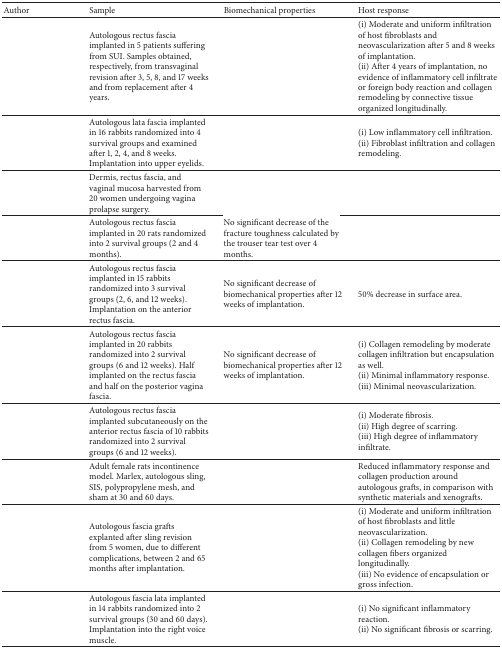
<table><thead><tr><td><b>Author</b></td><td><b>Sample</b></td><td><b>Biomechanical properties</b></td><td><b>Host response</b></td></tr></thead><tbody><tr><td>[EMPTY_CELL]</td><td>Autologous rectus fascia implanted in 5 patients suffering from SUI. Samples obtained, respectively, from transvaginal revision after 3, 5, 8, and 17 weeks and from replacement after 4 years. </td><td>[EMPTY_CELL]</td><td>(i) Moderate and uniform infiltration of host fibroblasts and neovascularization after 5 and 8 weeks of implantation.(ii) After 4 years of implantation, no evidence of inflammatory cell infiltrate or foreign body reaction and collagen remodeling by connective tissue organized longitudinally.</td></tr><tr><td>[EMPTY_CELL]</td><td>Autologous lata fascia implanted in 16 rabbits randomized into 4 survival groups and examined after 1, 2, 4, and 8 weeks. Implantation into upper eyelids. </td><td>[EMPTY_CELL]</td><td>(i) Low inflammatory cell infiltration.(ii) Fibroblast infiltration and collagen remodeling.</td></tr><tr><td>[EMPTY_CELL]</td><td>Dermis, rectus fascia, and vaginal mucosa harvested from 20 women undergoing vagina prolapse surgery.</td><td>[EMPTY_CELL]</td><td>[EMPTY_CELL]</td></tr><tr><td>[EMPTY_CELL]</td><td>Autologous rectus fascia implanted in 20 rats randomized into 2 survival groups (2 and 4 months).</td><td>No significant decrease of the fracture toughness calculated by the trouser tear test over 4 months.</td><td>[EMPTY_CELL]</td></tr><tr><td>[EMPTY_CELL]</td><td>Autologous rectus fascia implanted in 15 rabbits randomized into 3 survival groups (2, 6, and 12 weeks). Implantation on the anterior rectus fascia. </td><td>No significant decrease of biomechanical properties after 12 weeks of implantation.</td><td> 50% decrease in surface area.</td></tr><tr><td>[EMPTY_CELL]</td><td>Autologous rectus fascia implanted in 20 rabbits randomized into 2 survival groups (6 and 12 weeks). Half implanted on the rectus fascia and half on the posterior vagina fascia.</td><td>No significant decrease of biomechanical properties after 12 weeks of implantation.</td><td>(i) Collagen remodeling by moderate collagen infiltration but encapsulation as well. (ii) Minimal inflammatory response.(iii) Minimal neovascularization.</td></tr><tr><td>[EMPTY_CELL]</td><td>Autologous rectus fascia implanted subcutaneously on the anterior rectus fascia of 10 rabbits randomized into 2 survival groups (6 and 12 weeks). </td><td>[EMPTY_CELL]</td><td>(i) Moderate fibrosis. (ii) High degree of scarring. (iii) High degree of inflammatory infiltrate.</td></tr><tr><td>[EMPTY_CELL]</td><td>Adult female rats incontinence model. Marlex, autologous sling, SIS, polypropylene mesh, and sham at 30 and 60 days.</td><td>[EMPTY_CELL]</td><td> Reduced inflammatory response and collagen production around autologous grafts, in comparison with synthetic materials and xenografts. </td></tr><tr><td>[EMPTY_CELL]</td><td>Autologous fascia grafts explanted after sling revision from 5 women, due to different complications, between 2 and 65 months after implantation.</td><td>[EMPTY_CELL]</td><td>(i) Moderate and uniform infiltration of host fibroblasts and little neovascularization.(ii) Collagen remodeling by new collagen fibers organized longitudinally.(iii) No evidence of encapsulation or gross infection.</td></tr><tr><td>[EMPTY_CELL]</td><td>Autologous fascia lata implanted in 14 rabbits randomized into 2 survival groups (30 and 60 days). Implantation into the right voice muscle.</td><td>[EMPTY_CELL]</td><td>(i) No significant inflammatory reaction.(ii) No significant fibrosis or scarring. </td></tr></tbody></table>